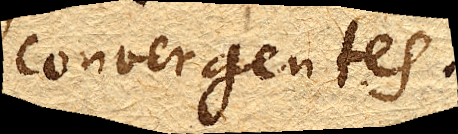
convergentes.